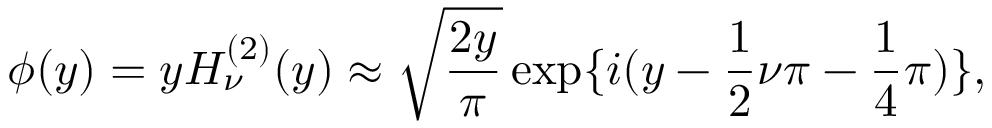
\phi ( y ) = y H _ { \nu } ^ { ( 2 ) } ( y ) \approx \sqrt { \frac { 2 y } { \pi } } \exp \lbrace i ( y - \frac { 1 } { 2 } \nu \pi - \frac { 1 } { 4 } \pi ) \rbrace ,